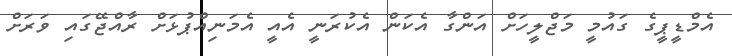
އެމްޑީޕީގެ ގައުމީ މަޖްލީހަށް އަންގާ އެކަން އެކުރަނީ އެއީ އެމަނިއްޕުޅަށް ރާއްޖޭގައި ވަރަށް